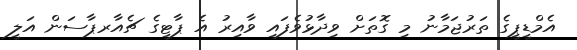
އެމްޑީޕީގެ ތަރުޖަމާނު މި ގޮތަށް ވިދާޅުވެފައި ވާއިރު އެ ޕާޓީގެ ޗެއާރޕާސަން އަލީ